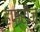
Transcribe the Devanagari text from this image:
हफ्रींज़